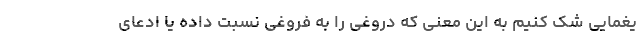
یغمایی شک کنیم به این معنی که دروغی را به فروغی نسبت داده یا ادعای